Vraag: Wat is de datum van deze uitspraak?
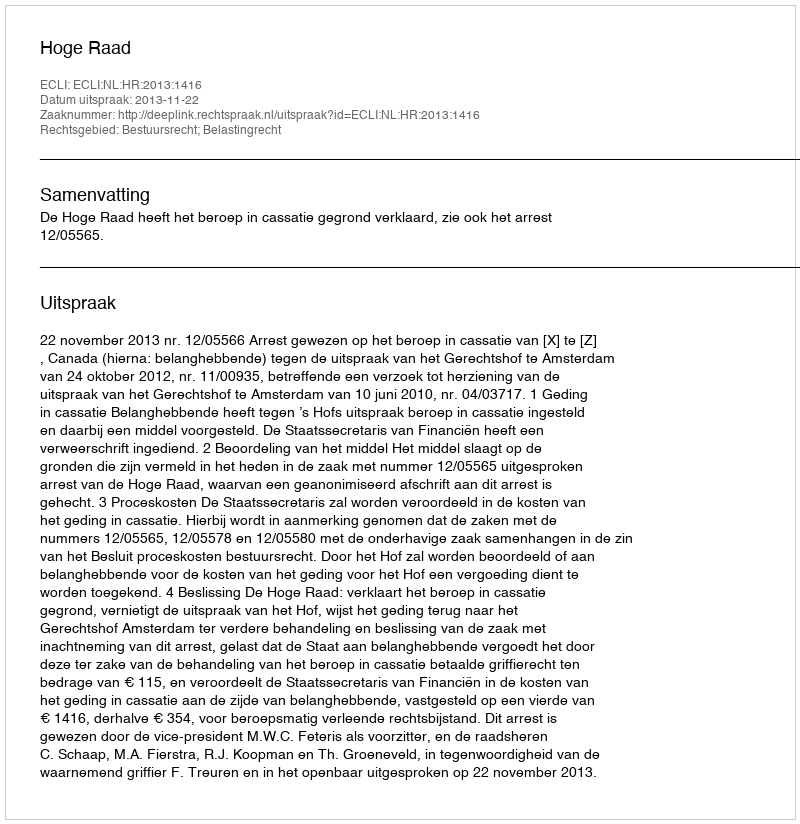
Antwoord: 2013-11-22